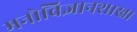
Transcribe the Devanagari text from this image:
मनोविज्ञानशाखा